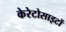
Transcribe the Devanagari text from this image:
केरेटोसाइटों